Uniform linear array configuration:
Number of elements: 12
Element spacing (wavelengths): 0.5
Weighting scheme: cosine
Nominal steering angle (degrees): -15
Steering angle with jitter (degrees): -16.199
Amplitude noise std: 0.05
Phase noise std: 0.05

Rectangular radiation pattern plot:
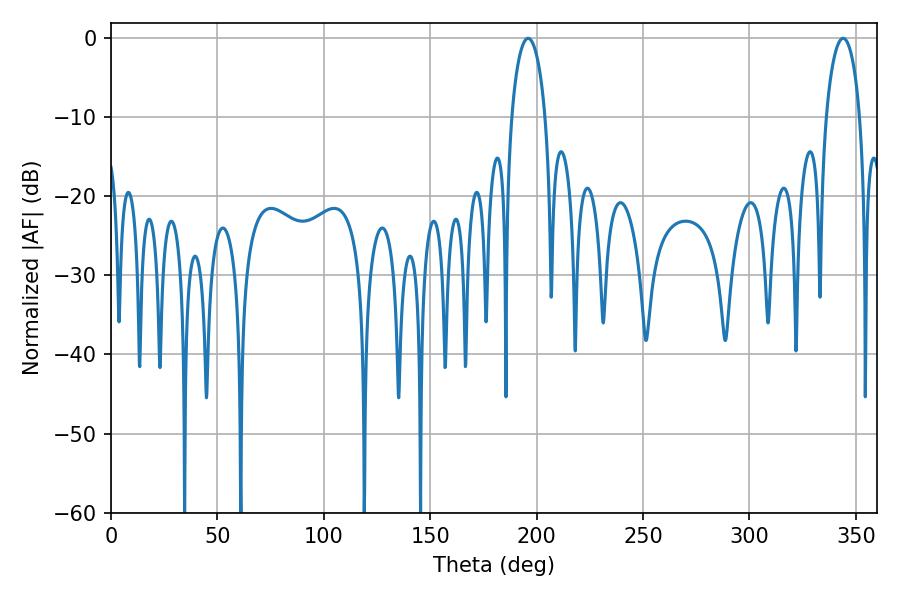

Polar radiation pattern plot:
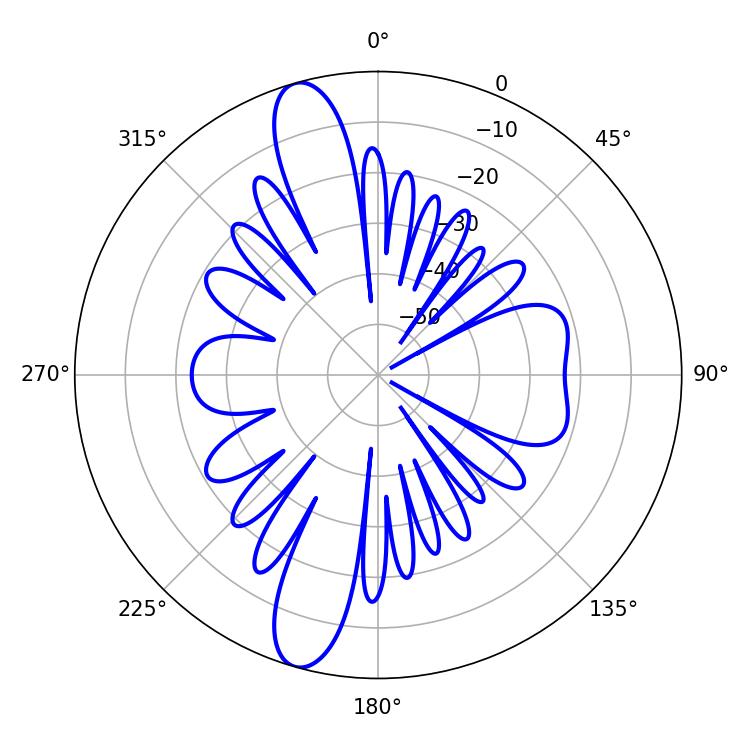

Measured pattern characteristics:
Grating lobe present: FALSE
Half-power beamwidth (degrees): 9
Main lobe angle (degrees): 196.02